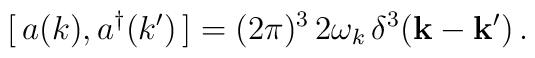
[\, a(k),a^\dagger(k') \,] = (2\pi)^3 \, 2 \omega_k \, \delta^3({\bf k} - {\bf k}')\,.